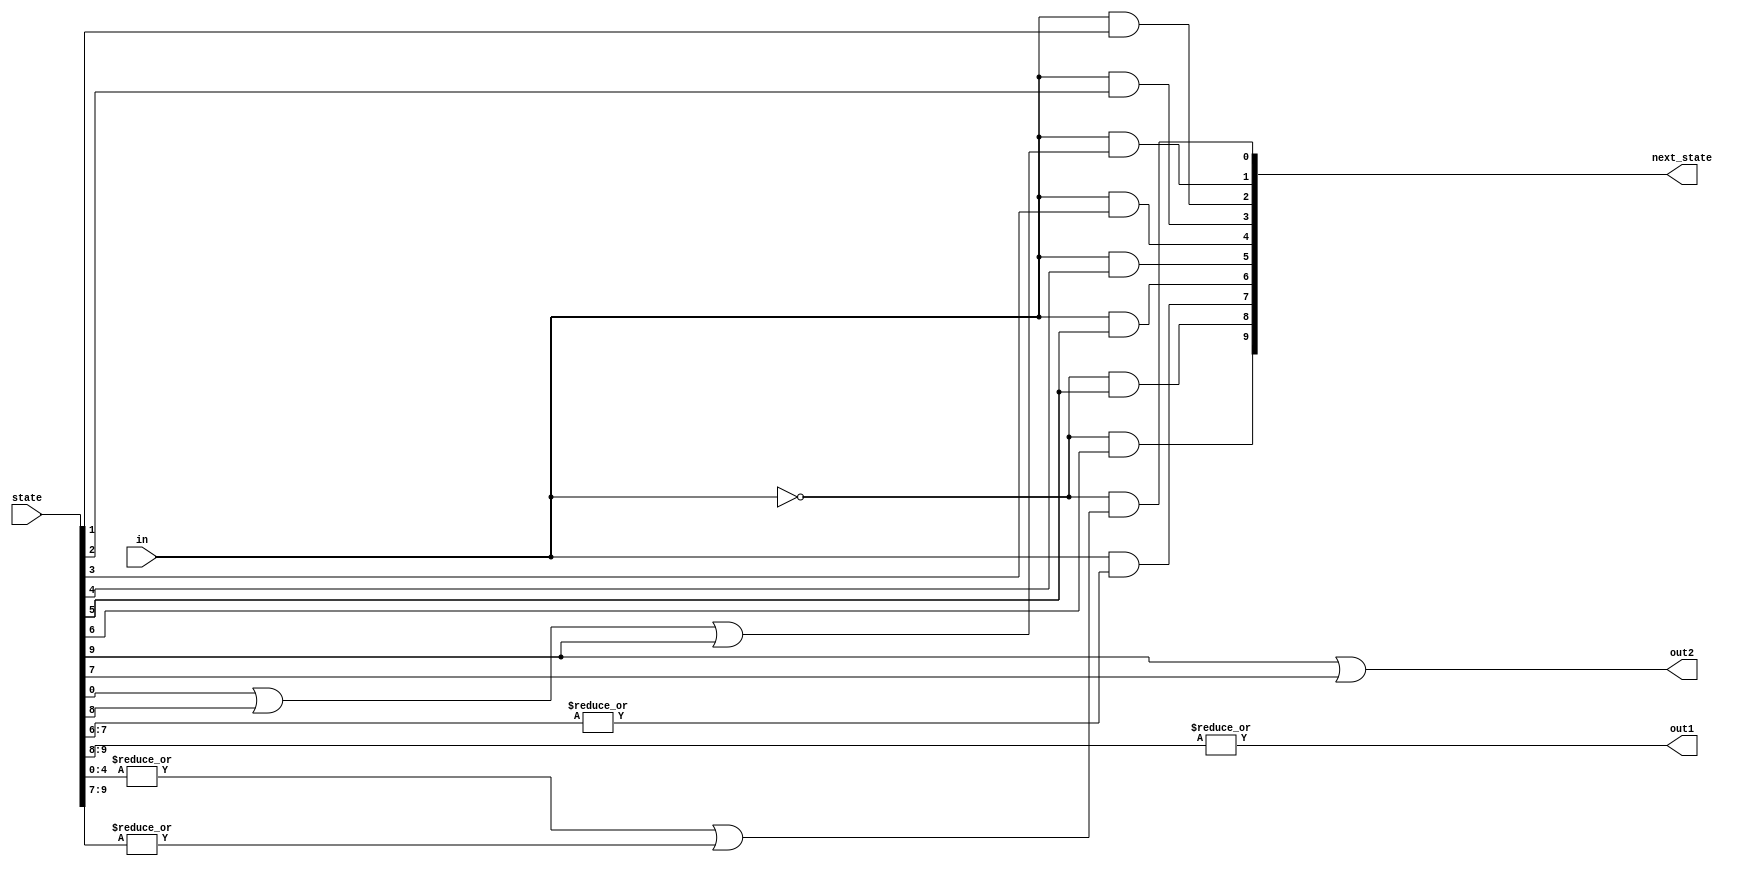
module top_module(
    input in,
    input [9:0] state,
    output [9:0] next_state,
    output out1,
    output out2);

    assign next_state[0] = ~in & ((|state[4:0]) | (|state[9:7]));
    assign next_state[1] = in & (state[0] | state[8] | state[9]);
    assign next_state[2] = in & state[1];
    assign next_state[3] = in & state[2];
    assign next_state[4] = in & state[3];
    assign next_state[5] = in & state[4];
    assign next_state[6] = in & state[5];
    assign next_state[7] = in & (|state[7:6]);
    assign next_state[8] = ~in & state[5];
    assign next_state[9] = ~in & state[6];

    assign out1 = |state[9:8];
    assign out2 = state[9] | state[7];

endmodule